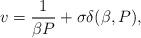
LaTeX: \begin{align*}v=\frac {1}{\beta P}+\sigma \delta (\beta ,P),\end{align*}